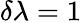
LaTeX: \delta\lambda=1